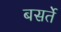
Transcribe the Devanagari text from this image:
बसर्ते